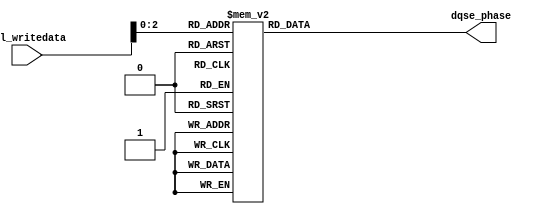
// (C) 2001-2012 Altera Corporation. All rights reserved.
// Your use of Altera Corporation's design tools, logic functions and other 
// software and tools, and its AMPP partner logic functions, and any output 
// files any of the foregoing (including device programming or simulation 
// files), and any associated documentation or information are expressly subject 
// to the terms and conditions of the Altera Program License Subscription 
// Agreement, Altera MegaCore Function License Agreement, or other applicable 
// license agreement, including, without limitation, that your use is for the 
// sole purpose of programming logic devices manufactured by Altera and sold by 
// Altera or its authorized distributors.  Please refer to the applicable 
// agreement for further details.


module sequencer_scc_acv_phase_decode
	# (parameter
    
	AVL_DATA_WIDTH          =   32,
	DLL_DELAY_CHAIN_LENGTH  =   8
        
	)
	(
    
	avl_writedata,
	dqse_phase
    
);

	input [AVL_DATA_WIDTH - 1:0] avl_writedata;

	// Arria V and Cyclone V only have dqse_phase control

	
	// phase decoding.
	output [3:0] dqse_phase;
	reg [3:0] dqse_phase;

	always @ (*) begin

		// DQSE = 270
		dqse_phase = 4'b0110;

		case (avl_writedata[2:0])
		3'b000: // DQSE = 90
			begin
				dqse_phase = 4'b0010;
			end
		3'b001: // DQSE = 135
			begin
				dqse_phase = 4'b0011;
			end
		3'b010: // DQSE = 180
			begin
				dqse_phase = 4'b0100;
			end
		3'b011: // DQSE = 225
			begin
				dqse_phase = 4'b0101;
			end
		3'b100: // DQSE = 270
			begin
				dqse_phase = 4'b0110;
			end
		3'b101: // DQSE = 315
			begin
				dqse_phase = 4'b1111;
			end
		3'b110: // DQSE = 360
			begin
				dqse_phase = 4'b1000;
			end
		3'b111: // DQSE = 405
			begin
				dqse_phase = 4'b1001;
			end
		default : begin end
		endcase
	end

endmodule